Report of the Bombay Veterinary College
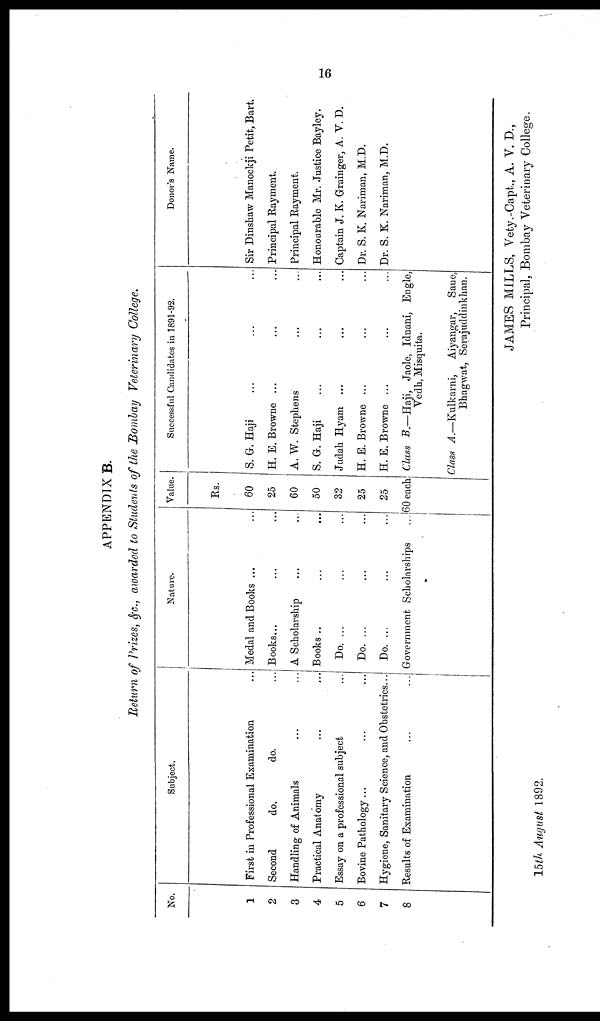
16
APPENDIX B.
Return of Prizes, &c., awarded to Students of the Bombay Veterinary College.
No.
1
2
3
4
5
6
7
8
Subject.
First in Professional Examination
Second
do.
do.
Handling of Animals... ...
Practical Anatomy... ...
Essay on a professional subject... ...
Bovine Pathology... ...
Hygiene, Sanitary Science, and Obstetrics...
Results of Examination... ...
Nature.
Medal and Books ...
Books...
...
...
A Scholarship
Books...
Do. ...
Do. ...
Do. ...
Government Scholarships
Value.
Rs.
60
25
60
50
32
25
25
60 each
Successful Candidates in 1891-92.
S. G. Haji... ...
H.E.Browne ...
A. W. Stephens... ...
S. G. Haji... ...
Judah Hyam ... ...
H. E. Browne ... ...
H.E.Browne ... ...
Class B.—Haji, Jaole, Iduani, Engle,
Vedh, Misquita.
Class A.—Kulkami,
Aiyangar, Sane,
Bhagwat, Serajuddinkhan.
Donor's Name.
Sir Dinshaw Manockji Petit, Bart
Principal Rayment.
Principal Rayment.
Honoarable Mr. Justice Bayley.
Captain J. K. Grainger, A. V. D.
Dr. S. K. Nariman, M.D.
Dr. S. K. Nariman, M.D.
JAMES MILLS, Vety.-Capt., A. V. D.,
Principal, Bombay Veterinary College.
15th August 1892.